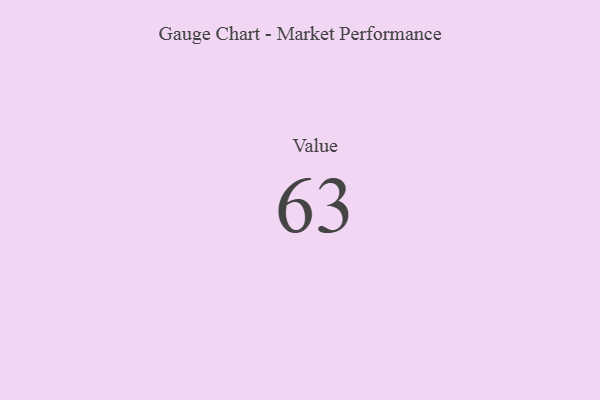
{"axis": {"x": "Metric", "y": "Value"}, "legend": [""], "data": [{"x": "Value", "y": 63, "type": ""}]}